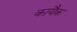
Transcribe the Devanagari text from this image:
कायैक